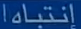
إنتباها